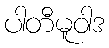
ပါတီမူဝါဒ